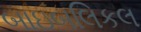
બાઇબલિકલ